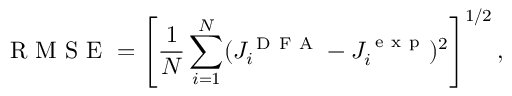
\mathrm { ~ R ~ M ~ S ~ E ~ } = \left[ \frac { 1 } { N } \sum _ { i = 1 } ^ { N } ( J _ { i } ^ { \mathrm { ~ D ~ F ~ A ~ } } - J _ { i } ^ { \mathrm { ~ e ~ x ~ p ~ } } ) ^ { 2 } \right] ^ { 1 / 2 } ,